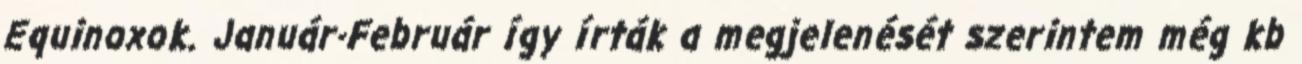
Equinoxok. Január-Február így írták a megjelenését szerintem még kb